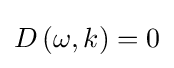
D\left(\omega ,k\right)=0